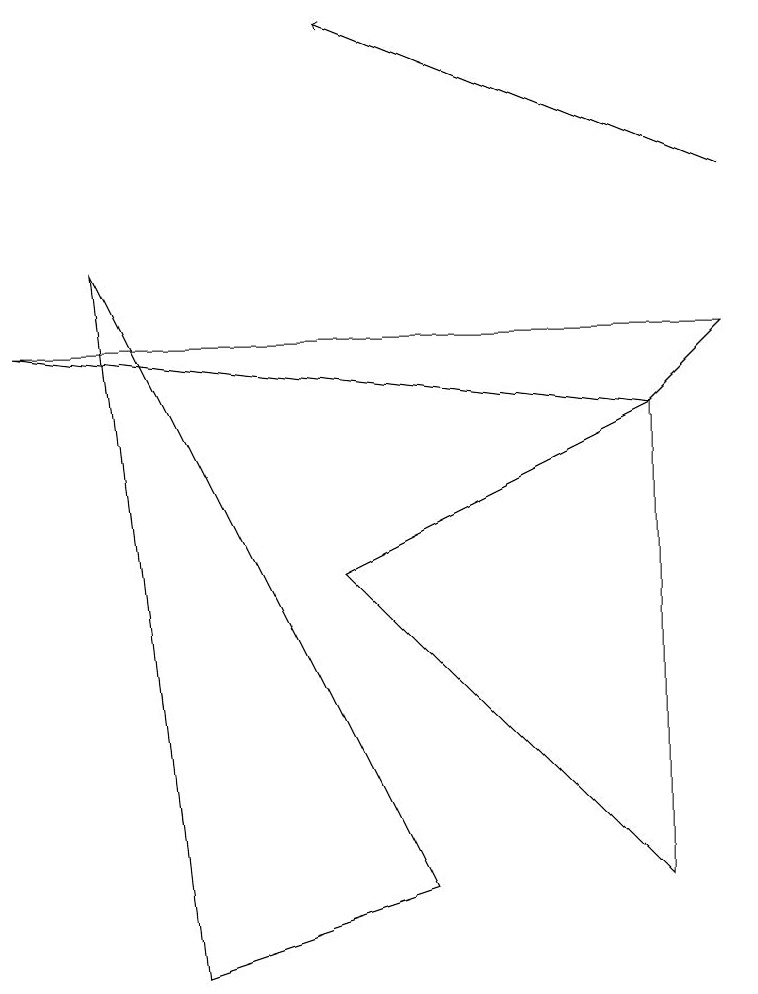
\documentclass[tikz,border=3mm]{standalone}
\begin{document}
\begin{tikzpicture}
\draw (0,8) -- (9,8) -- (8,7) -- cycle;
\draw[->] (9,10) -- (4,12);
\draw (5,1) -- (1,9) -- (2,0) -- cycle;
\draw (8,7) -- (4,5) -- (8,1) -- cycle;
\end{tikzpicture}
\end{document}